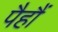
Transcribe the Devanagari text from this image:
पैहौं